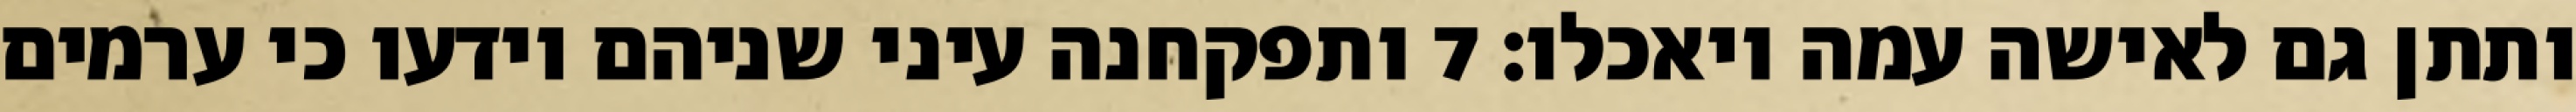
ותתן גם לאישה עמה ויאכלו׃ ‎7‏ ותפקחנה עיני שניהם וידעו כי ערמים